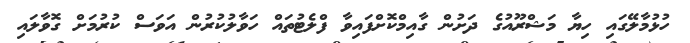
ހުޅުމާލޭގައި ހިޔާ މަޝްރޫއުގެ ދަށުން ގާއިމްކޮށްފައިވާ ފްލެޓުތައް ހަވާލުކުރުން އަވަސް ކުރުމަށް ގޮވާލައި